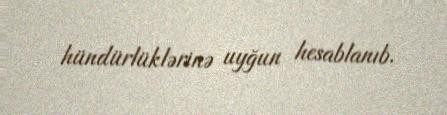
hündürlüklərinə uyğun hesablanıb.